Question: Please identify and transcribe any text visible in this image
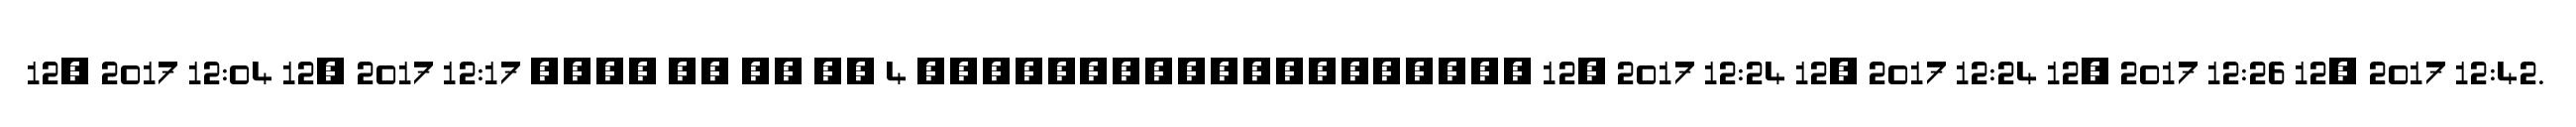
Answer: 12, 2017 12:04 12, 2017 12:17 ???? ?? ?? ?? 4 ??????????????????? 12, 2017 12:24 12, 2017 12:24 12, 2017 12:26 12, 2017 12:42.